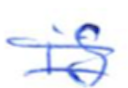
Text: is
Cross-out: double-line
Writing tool: ballpoint